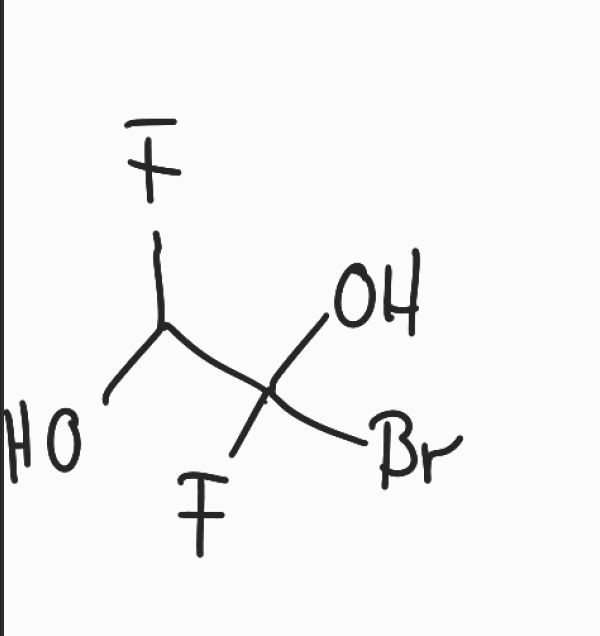
Simplified molecular-input line-entry system (SMILES) notation of the given molecule:
C(C(O)(F)Br)(O)F